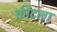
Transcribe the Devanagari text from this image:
क्रीटला